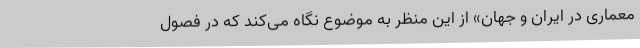
معماری در ایران و جهان» از این منظر به موضوع نگاه می‌کند که در فصول